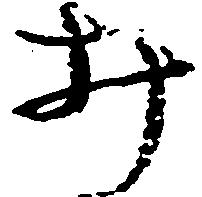
み